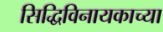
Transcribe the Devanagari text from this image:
सिद्धिविनायकाच्या